Lunatic asylums in Bengal annual reports 1912-1924 - 1912-1924
Year: 1912
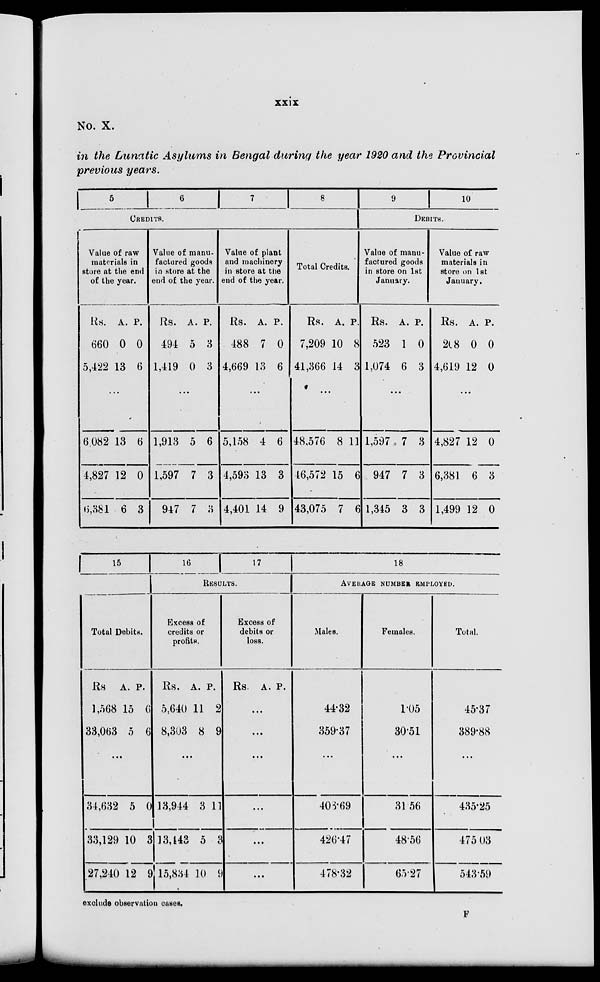
xxix
No. X.
in the Lunatic Asylums in Bengal during the year 1920 and the Provincial
previous years.
5
6
7
8
CREDITS.
Value of raw
materials in
store at the end
of the year.
Rs.
660
5,422
A.
0
13
P.
0
6
...
6 082
4,827
6,381
13
12
6
6
0
3
Value of manu-
factured goods
in store at the
end of the year.
Rs.
494
1,419
A.
5
0
P.
3
3
...
1,913
1,597
947
5
7
7
6
3
3
Value of plant
and machinery
in store at the
end of the year.
Rs.
488
4,669
A.
7
13
P.
0
6
...
5,158
4,593
4,401
4
13
14
6
3
9
Total Credits.
Rs.
7,209
41,366
A.
10
14
P.
8
3
...
48,576
46,572
43,075
8
15
7
11
6
6
9
10
DEBITS.
Value of manu-
factured goods
in store on 1st
January.
Rs.
523
1,074
A.
1
6
P.
0
3
...
1,597
947
1,345
7
7
3
3
3
3
Value of raw
materials in
store on 1st
January.
Rs.
208
4,619
A.
0
12
P.
0
0
...
4,827
6,381
1,499
12
6
12
0
3
0
15
Total Debits.
Rs.
1,568
33,063
A.
15
5
P.
6
6
...
34,632
33,129
27,240
5
10
12
0
3
9
16
17
RESULTS.
Excess of
credits or
profits.
Rs.
5,640
8,303
A.
11
8
P.
2
9
...
13,944
13,443
15,834
3
5
10
11
3
9
Excess of
debits or
loss.
Rs. A. P.
...
...
...
...
...
...
18
AVERAGE NUMBER EMPLOYED.
Males.
44.32
359.37
...
408.69
426.47
478.32
Females.
1.05
30.51
...
31.56
48.56
65.27
Total.
45.37
389.88
...
435.25
475.03
543.59
exclude observation cases.
F